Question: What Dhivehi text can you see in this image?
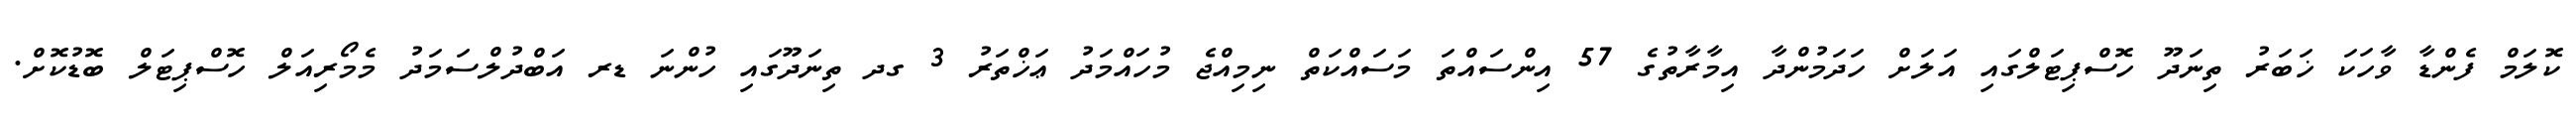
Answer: ކޮލަމް ފެންޑާ ވާހަކަ ޚަބަރު ތިނަދޫ ހޮސްޕިޓަލްގައި އަލަށް ހަދަމުންދާ އިމާރާތުގެ 57 އިންސައްތަ މަސައްކަތް ނިމިއްޖެ މުހައްމަދު ޢަޚްތަރު 3 ގދ ތިނަދޫގައި ހުންނަ ޑރ އަބްދުލްސަމަދު މެމޯރިއަލް ހޮސްޕިޓަލް ބޮޑުކޮށް.